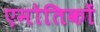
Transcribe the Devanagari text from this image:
एमोतिकों